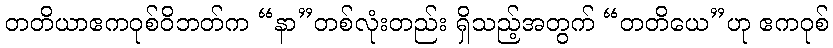
တတိယာဧကဝုစ်ဝိဘတ်က “နာ”တစ်လုံးတည်း ရှိသည့်အတွက် “တတိယေ”ဟု ဧကဝုစ်